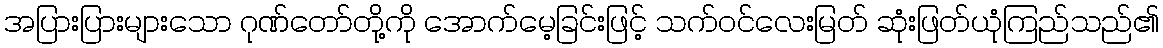
အပြားပြားများသော ဂုဏ်တော်တို့ကို အောက်မေ့ခြင်းဖြင့် သက်ဝင်လေးမြတ် ဆုံးဖြတ်ယုံကြည်သည်၏